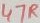
Text: 47R